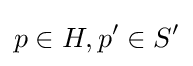
p\in H,p'\in S'